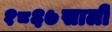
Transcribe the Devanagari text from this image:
१८६७साली